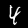
Digit: 4